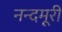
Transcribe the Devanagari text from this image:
नन्दमूरी